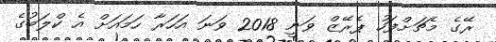
ރޭގެ މެޗަށްފަހު ޕެރޭޒް ވަނީ 2018 ވަނަ އަހަރާ ހަމައަށް އެ ކްލަބުގެ